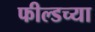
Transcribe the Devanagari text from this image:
फील्डच्या